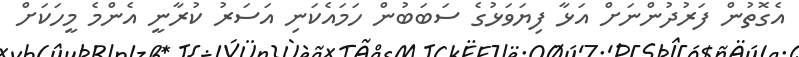
އެގޮތުން ފަރުދުންނަަށް އަޅާ ފިޔަވަޅުގެ ސަބަބުން ހަމައެކަނި އަސަރު ކުރާނީ އެންމެ މީހަކަށް